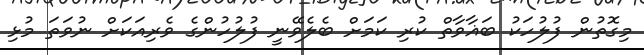
މިގޮތުން ފުލުހަކު ބަޣާވާތް ކުރި ކަމަށް ބެލެވޭނީ ފުލުހުންގެ ވެރިއަކަށް ނުވަތަ މުޅި